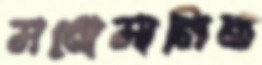
মনোমালিন্য